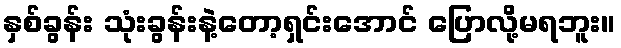
နှစ်ခွန်း သုံးခွန်းနဲ့တော့ရှင်းအောင် ပြောလို့မရဘူး။